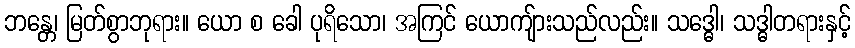
ဘန္တေ၊ မြတ်စွာဘုရား။ ယော စ ခေါ ပုရိသော၊ အကြင် ယောကျ်ားသည်လည်း။ သဒ္ဓေါ၊ သဒ္ဓါတရားနှင့်